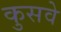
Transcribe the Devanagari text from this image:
कुसवे